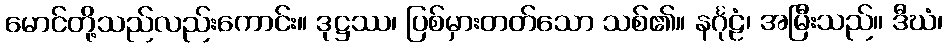
မောင်တို့သည်လည်းကောင်း။ ဒုဋ္ဌဿ၊ ပြစ်မှားတတ်သော သစ်၏။ နင်္ဂုဠံ၊ အမြီးသည်။ ဒီဃံ၊